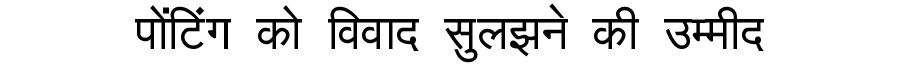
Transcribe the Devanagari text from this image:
पोंटिंग को विवाद सुलझने की उम्मीद